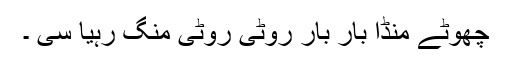
چھوٹے منڈا بار بار روٹی روٹی منگ رہیا سی ۔